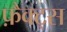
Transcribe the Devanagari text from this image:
फ़ैक्ट्स